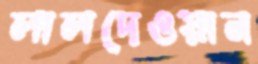
লালদেওয়ান